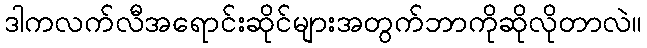
ဒါကလက်လီအရောင်းဆိုင်များအတွက်ဘာကိုဆိုလိုတာလဲ။